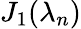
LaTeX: J_{1}(\lambda_{n})